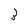
Character: 3